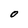
Character: 0